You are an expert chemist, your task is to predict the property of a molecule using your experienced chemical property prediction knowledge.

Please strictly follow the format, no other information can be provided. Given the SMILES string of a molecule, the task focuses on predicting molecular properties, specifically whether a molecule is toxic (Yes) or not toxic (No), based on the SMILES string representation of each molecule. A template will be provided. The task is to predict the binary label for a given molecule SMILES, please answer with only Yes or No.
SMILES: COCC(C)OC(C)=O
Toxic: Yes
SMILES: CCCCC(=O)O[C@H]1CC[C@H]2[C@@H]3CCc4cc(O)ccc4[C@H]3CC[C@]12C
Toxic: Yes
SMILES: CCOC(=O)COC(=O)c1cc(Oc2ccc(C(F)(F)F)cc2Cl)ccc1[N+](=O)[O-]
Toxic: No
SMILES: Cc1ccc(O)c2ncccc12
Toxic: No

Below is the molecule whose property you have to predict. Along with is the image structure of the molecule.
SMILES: OC[C@@H](O)[C@H]1O[C@@H]2O[C@@H](C(Cl)(Cl)Cl)O[C@@H]2[C@H]1O
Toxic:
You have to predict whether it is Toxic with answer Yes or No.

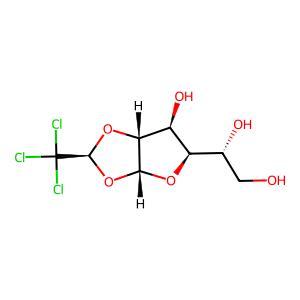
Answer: No